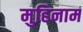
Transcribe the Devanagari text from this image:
मुहिनाम